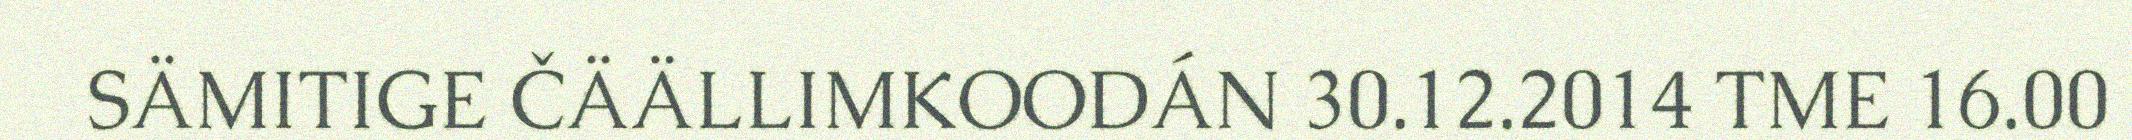
SÄMITIGE ČÄÄLLIMKOODÁN 30.12.2014 TME 16.00